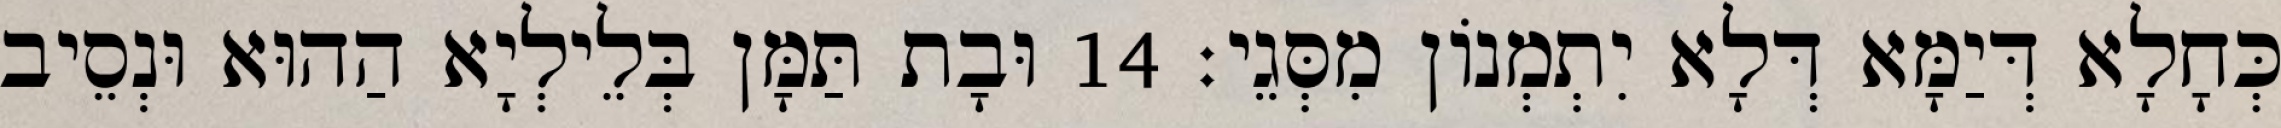
כְּחָלָא דְּיַמָּא דְּלָא יִתְמְנוֹן מִסְּגֵי׃ 14 וּבָת תַּמָּן בְּלֵילְיָא הַהוּא וּנְסֵיב